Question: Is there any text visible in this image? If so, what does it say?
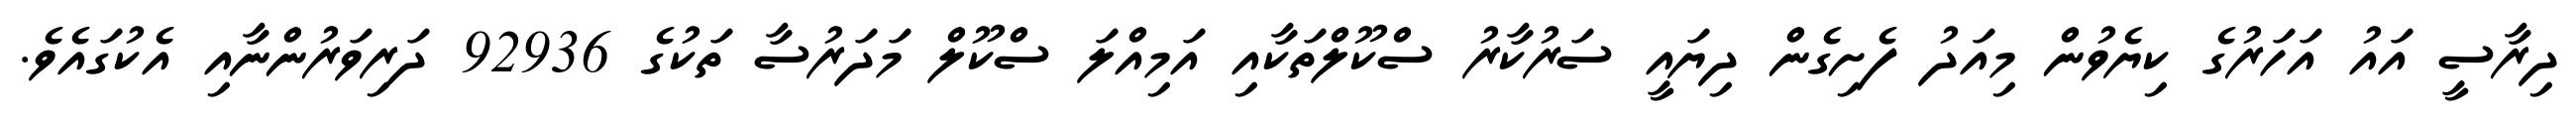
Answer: ދިރާސީ އައު އަހަރުގެ ކިޔެވުން މިއަދު ފެށިގެން ދިޔައީ ސަރުކާރު ސްކޫލްތަކާއި އަމިއްލަ ސްކޫލް މަދަރުސާ ތަކުގެ 92936 ދަރިވަރުންނާއި އެކުގައެވެ.